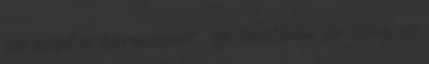
se csal a természet, ép testben ép lélek és